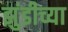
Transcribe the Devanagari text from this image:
झुंडीच्या